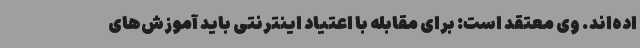
اده‌اند. وی معتقد است: برای مقابله با اعتیاد اینترنتی باید آموزش‌های